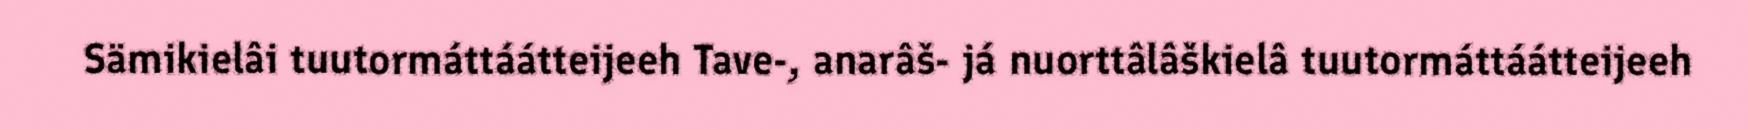
Sämikielâi tuutormáttáátteijeeh Tave-, anarâš- já nuorttâlâškielâ tuutormáttáátteijeeh